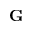
{ \bf G }